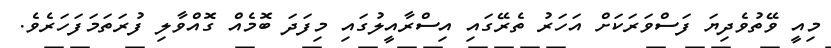
މިއީ ވޭތުވެދިޔަ ފަސްވަރަކަށް އަހަރު ތެރޭގައި އިސްރާއީލުގައި މިފަދަ ބޮމެއް ގޮއްވާލި ފުރަތަަމަފަހަރެވެ.